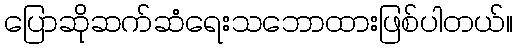
ပြောဆိုဆက်ဆံရေးသဘောထားဖြစ်ပါတယ်။